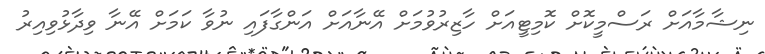
ނިޝާމާއަށް ރަސްމީކޮށް ކޮމިޓީއަށް ހާޒިރުވުމަށް އޭނާއަށް އަންގާފައި ނުވާ ކަމަށް އޭނާ ވިދާޅުވިއިރު